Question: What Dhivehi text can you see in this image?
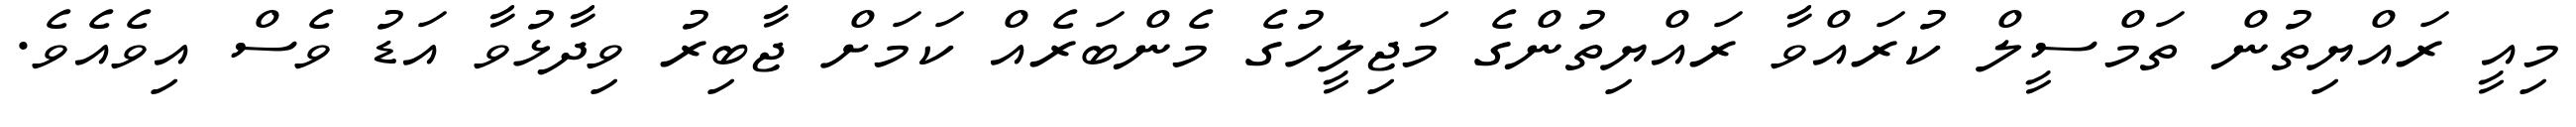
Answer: މިއީ ރައްޔިތުން ތަމްސީލް ކުރައްވާ ރައްޔިތުންގެ މަޖިލީހުގެ މެންބަރެއް ކަމަށް ޖާބިރު ވިދާޅުވާ އަޑު ވެސް އިވެއެވެ.